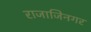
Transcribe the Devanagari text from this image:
राजाजिनगर